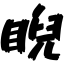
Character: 睨